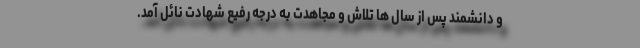
و دانشمند پس از سال ها تلاش و مجاهدت به درجه رفیع شهادت نائل آمد.